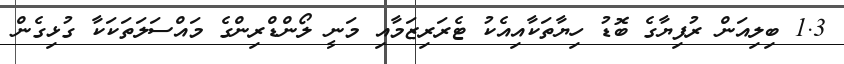
1.3 ބިލިއަން ރުފިޔާގެ ބޮޑު ހިޔާތަކާއިއެކު ޓެރަރިޒަމާއި މަނީ ލޯންޑްރިންގެ މައްސަލަތަކަކާ ގުޅިގެން